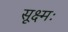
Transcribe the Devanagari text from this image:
सूक्ष्मः